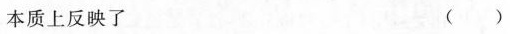
本质上反映了 （）